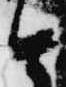
と